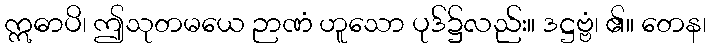
ဣဓာပိ၊ ဤသုတမယေ ဉာဏံ ဟူသော ပုဒ်၌လည်း။ ဒဋ္ဌဗ္ဗံ၊ ၏။ တေန၊